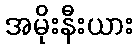
အမိုးနီးယား